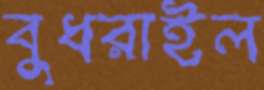
বুধরাইল